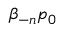
\beta _ { - n } p _ { 0 }